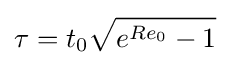
\tau =t_{0}{\sqrt {e^{Re_{0}}-1}}